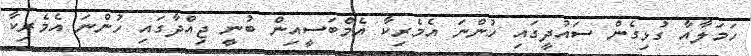
ހަމަލާއާ ގުޅިގެން ސައުދީގައި ހުންނަ އެމެރިކާ އެމްބަސީއިން ބުނީ ޖިއްދާގައި ހުންނަ އެމެރިކާ